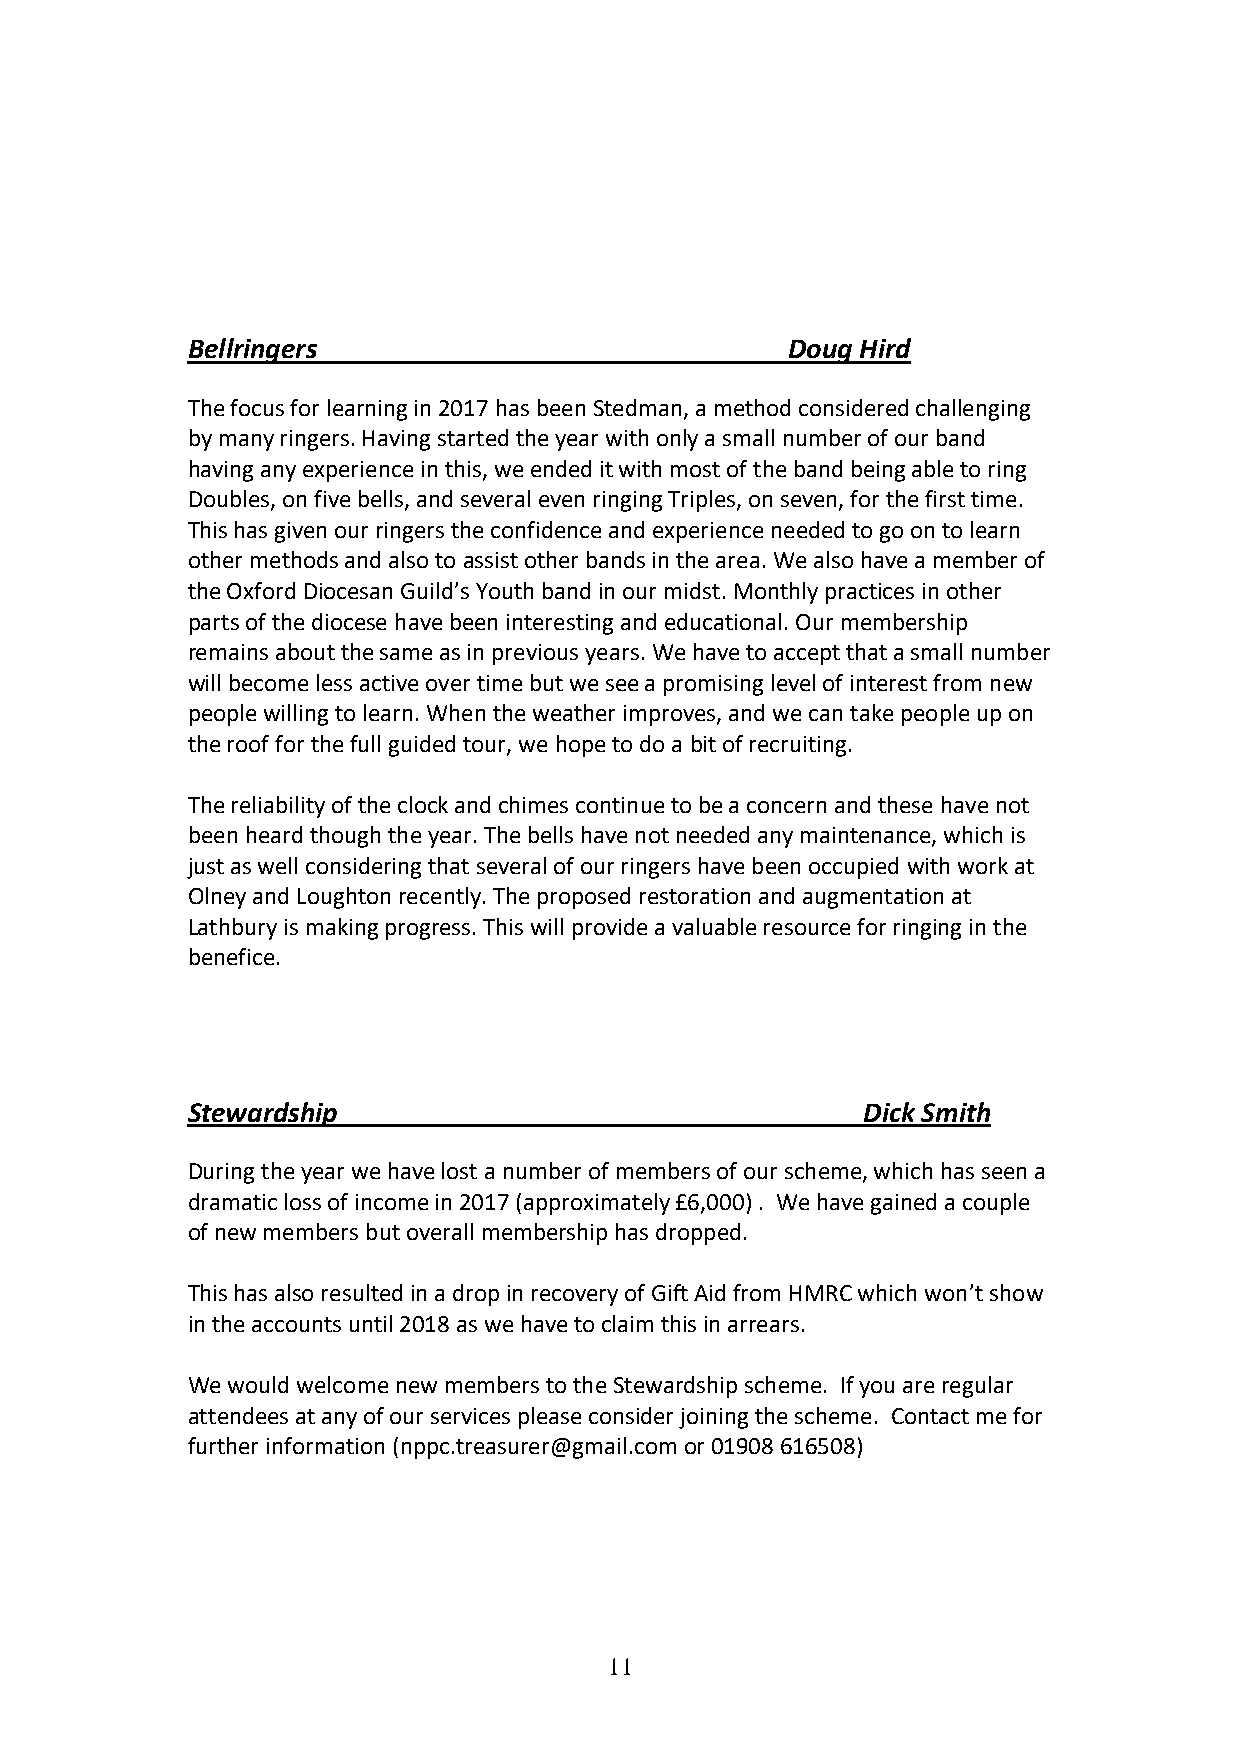
Bellringers                             Doug Hird
 The focus for learning in 2017 has been Stedman, a method considered challenging
 by many ringers. Having started the year with only a small number of our band
 having any experience in this, we ended it with most of the band being able to ring
 Doubles, on five bells, and several even ringing Triples, on seven, for the first time.
 This has given our ringers the confidence and experience needed to go on to learn
 other methods and also to assist other bands in the area. We also have a member of
 the Oxford Diocesan Guild’s Youth band in our midst. Monthly practices in other
 parts of the diocese have been interesting and educational. Our membership
 remains about the same as in previous years. We have to accept that a small number
 will become less active over time but we see a promising level of interest from new
 people willing to learn. When the weather improves, and we can take people up on
 the roof for the full guided tour, we hope to do a bit of recruiting.
 The reliability of the clock and chimes continue to be a concern and these have not
 been heard though the year. The bells have not needed any maintenance, which is
 just as well considering that several of our ringers have been occupied with work at
 Olney and Loughton recently. The proposed restoration and augmentation at
 Lathbury is making progress. This will provide a valuable resource for ringing in the
 benefice.
 Stewardship                                  Dick Smith
 During the year we have lost a number of members of our scheme, which has seen a
 dramatic loss of income in 2017 (approximately £6,000) . We have gained a couple
 of new members but overall membership has dropped.
 This has also resulted in a drop in recovery of Gift Aid from HMRC which won’t show
 in the accounts until 2018 as we have to claim this in arrears.
 We would welcome new members to the Stewardship scheme. If you are regular
 attendees at any of our services please consider joining the scheme. Contact me for
 further information (nppc.treasurer@gmail.com or 01908 616508)
 11